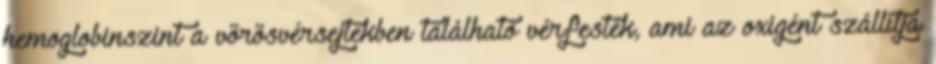
hemoglobinszint a vörösvérsejtekben található vérfesték, ami az oxigént szállítja